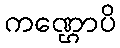
ကဏ္ဌောပိ